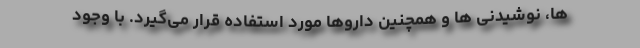
ها، نوشیدنی‌ ها و همچنین داروها مورد استفاده قرار می‌گیرد. با وجود